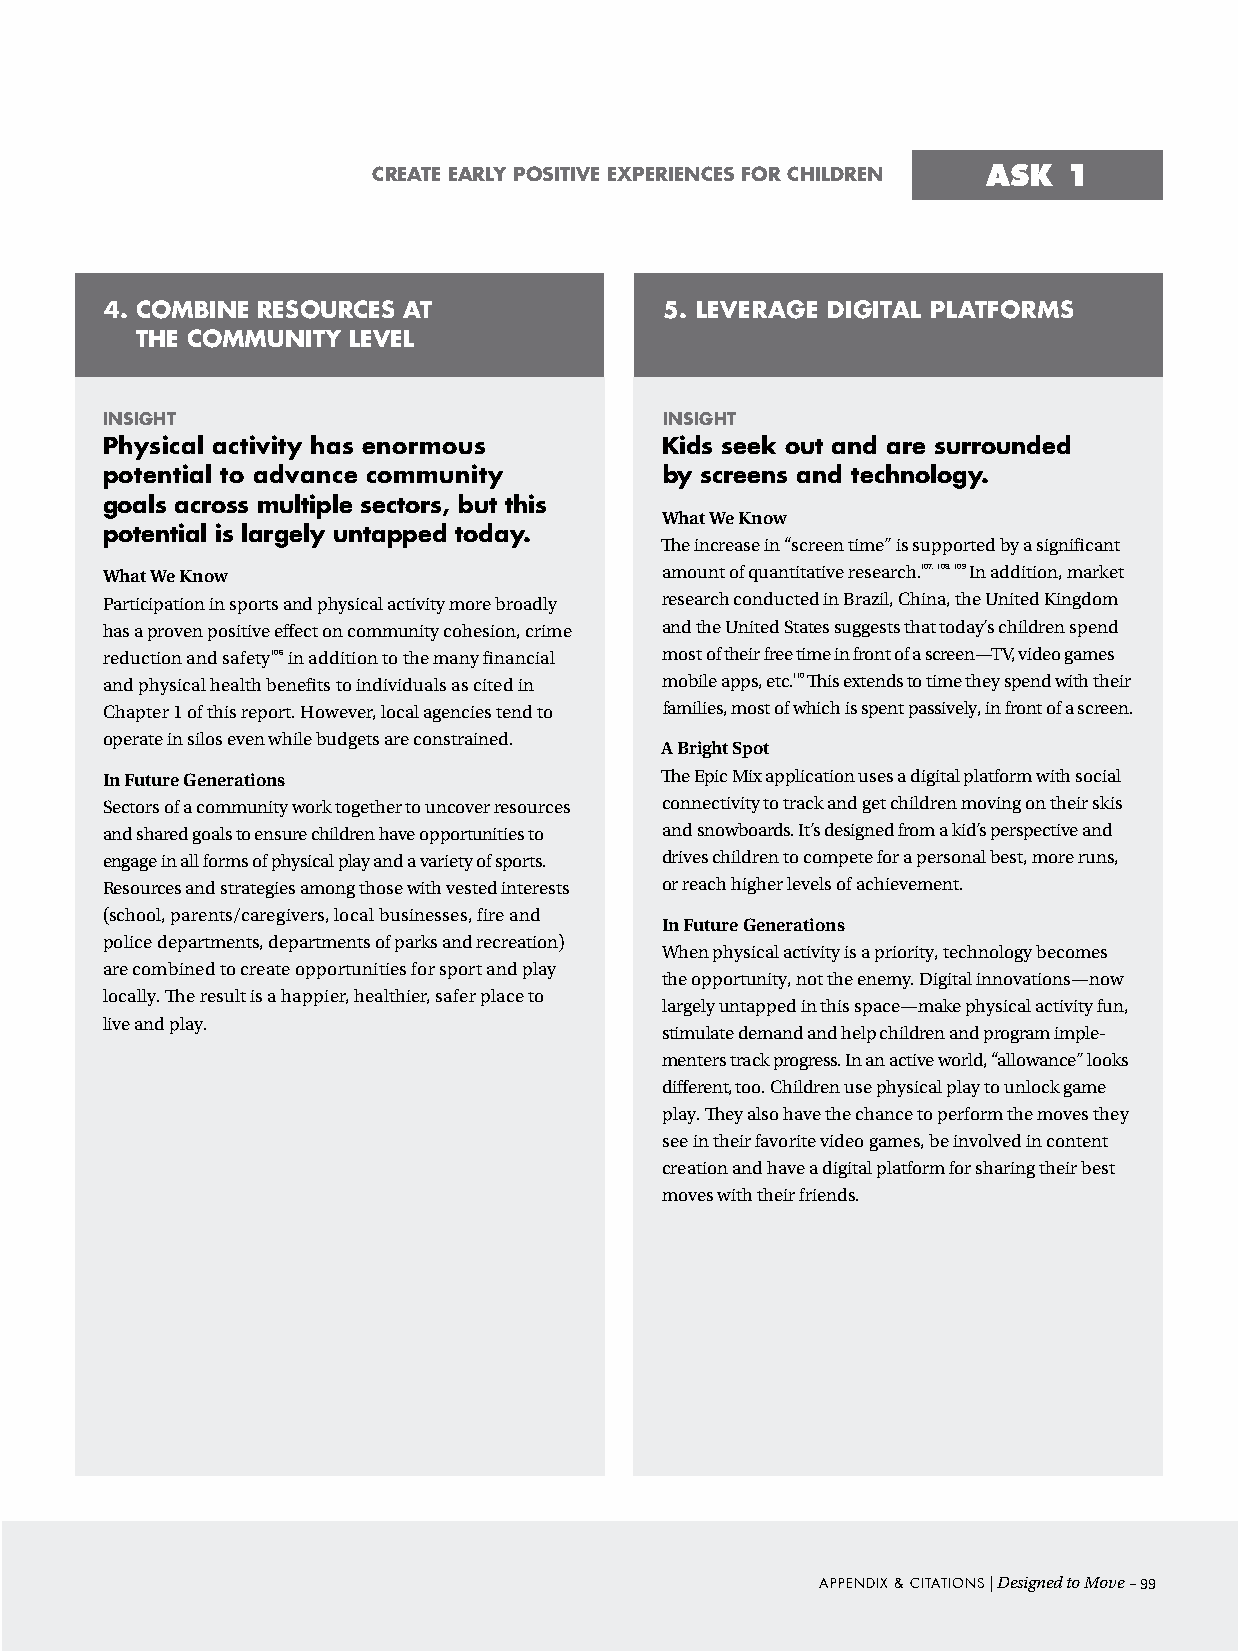
create early positive experiences For children ASK 1
 4. coMBine resoUrces at              5. leveraGe diGital platForMs
 the coMMUnity level
 insiGht                              insiGht
 physical activity has enormous       Kids seek out and are surrounded
 potential to advance community       by screens and technology.
 goals across multiple sectors, but this
 What We Know
 potential is largely untapped today.
 The increase in “screen time” is supported by a significant
 What We Know                         amount of quantitative research.107, 108, 109 In addition, market
 Participation in sports and physical activity more broadly research conducted in Brazil, China, the United Kingdom
 has a proven positive effect on community cohesion, crime and the United States suggests that today’s children spend
 reduction and safety106 in addition to the many financial most of their free time in front of a screen—TV, video games
 and physical health benefits to individuals as cited in mobile apps, etc.110 This extends to time they spend with their
 Chapter 1 of this report. However, local agencies tend to families, most of which is spent passively, in front of a screen.
 operate in silos even while budgets are constrained.
 A Bright Spot
 In Future Generations                The Epic Mix application uses a digital platform with social
 Sectors of a community work together to uncover resources connectivity to track and get children moving on their skis
 and shared goals to ensure children have opportunities to and snowboards. It’s designed from a kid’s perspective and
 engage in all forms of physical play and a variety of sports. drives children to compete for a personal best, more runs,
 Resources and strategies among those with vested interests or reach higher levels of achievement.
 (school, parents/caregivers, local businesses, fire and
 In Future Generations
 police departments, departments of parks and recreation)
 When physical activity is a priority, technology becomes
 are combined to create opportunities for sport and play
 the opportunity, not the enemy. Digital innovations—now
 locally. The result is a happier, healthier, safer place to
 largely untapped in this space—make physical activity fun,
 live and play.
 stimulate demand and help children and program imple-
 menters track progress. In an active world, “allowance” looks
 different, too. Children use physical play to unlock game
 play. They also have the chance to perform the moves they
 see in their favorite video games, be involved in content
 creation and have a digital platform for sharing their best
 moves with their friends.
 Appendix & ciTATions | Designed to Move –99